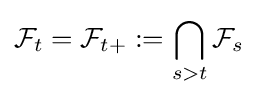
{\mathcal {F}}_{t}={\mathcal {F}}_{t+}:=\bigcap _{s>t}{\mathcal {F}}_{s}